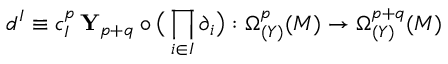
d ^ { I } \equiv c _ { I } ^ { p } \, { \mathbf Y } _ { p + q } \circ \big ( \prod _ { i \in I } \partial _ { i } \big ) : \Omega _ { ( Y ) } ^ { p } ( { \cal M } ) \rightarrow \Omega _ { ( Y ) } ^ { p + q } ( { \cal M } )